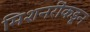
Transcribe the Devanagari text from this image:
मिशनरींकडून